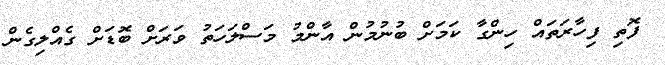
ފޮތި ފިހާރަތައް ހިންގާ ކަަމަށް ބުނުމުން އާންމު މަސްލަހަތު ވަރަށް ބޮޑަށް ގެއްލިގެން